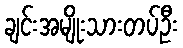
ချင်းအမျိုးသားတပ်ဦး